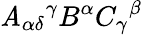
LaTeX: \mathit{A}_{\alpha\delta}{}^{\gamma}B^{\alpha}C_{\gamma}{}^{\beta}